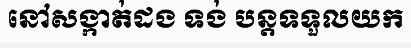
នៅសង្កាត់ដង ទង់ បន្តទទួលយក